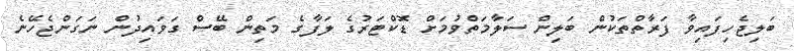
ބަލިޖެހިފައިވާ ފަރާތްތަކުން ބަލިން ސަލާމަތްވުމަށް ޑޮކްޓަރުގެ ލަފާގެ މަތިން ބޭސް ގަވައިދުން ނަގަންޖެހޭނެ